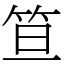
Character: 笪